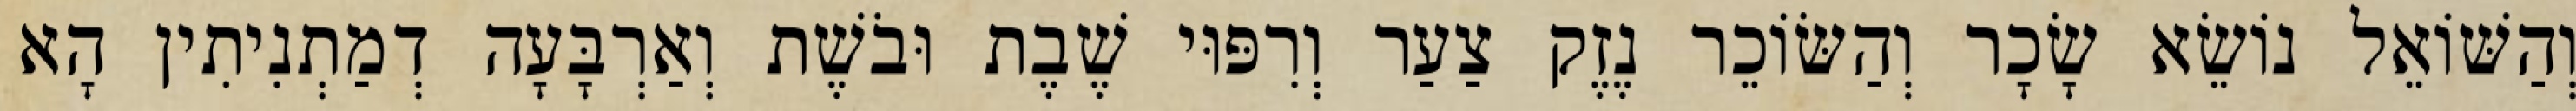
וְהַשּׁוֹאֵל נוֹשֵׂא שָׂכָר וְהַשּׂוֹכֵר נֶזֶק צַעַר וְרִפּוּי שֶׁבֶת וּבֹשֶׁת וְאַרְבָּעָה דְמַתְנִיתִין הָא